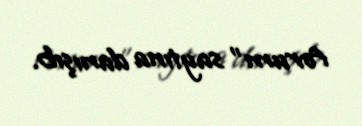
forum” saytına danışıb.